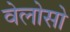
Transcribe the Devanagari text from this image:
वेलोसो